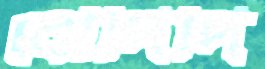
বৌদিদি